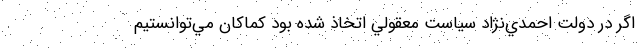
اگر در دولت احمدي‌نژاد سياست معقولي اتخاذ شده بود كماكان مي‌توانستيم